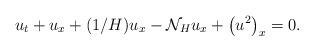
LaTeX: \begin{align*}u_t+u_x+(1/H)u_x-\mathcal{N}_Hu_x+\left(u^2\right)_x=0.\end{align*}